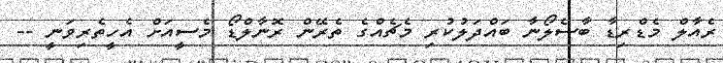
ރެއާލް މެޑްރިޑާ ބާސެލޯނާ ބައްދަލުކުރި މެޗެއްގެ ތެރޭން ރޮނާލްޑޯ މެސީއަށް އެހީތެރިވަނީ --